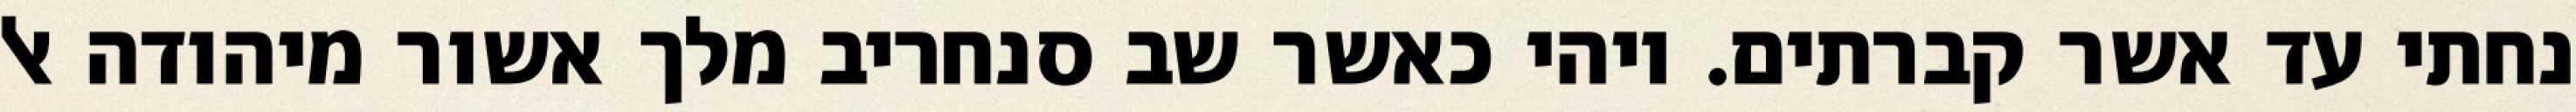
נחתי עד אשר קברתים. ויהי כאשר שב סנחריב מלך אשור מיהודה אל